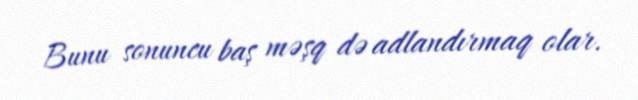
Bunu sonuncu baş məşq də adlandırmaq olar.